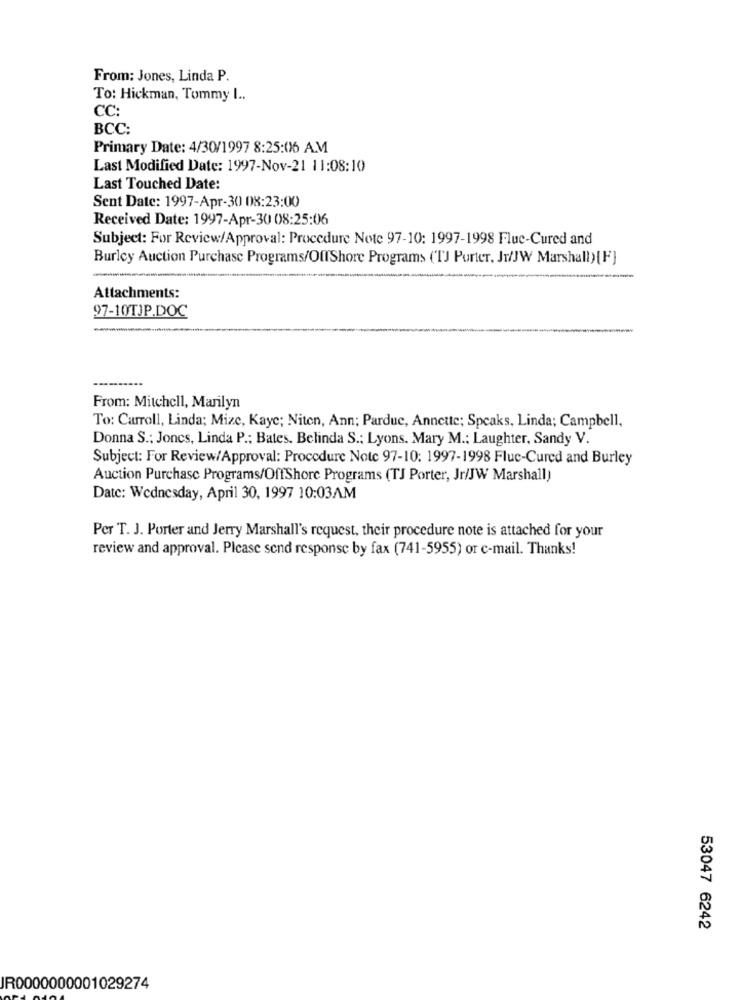
From: Jones, Linda P.
To: Hickman, Tommy I ..
CC:
BCC:
Primary Date: 4/30/1997 8:25:06 AM
Last Modified Date: 1997-Nov-21 11:08:10
Last Touched Date:
Sent Date: 1997-Apr-30 08:23:00
Received Date: 1997-Apr-30 08:25:06
Subject: For Review/Approval: Procedure Note 97-10: 1997-1998 Flue-Cured and
Burley Auction Purchase Programs/OffShore Programs (TJ Porter, Jr/JW Marshall) [F]
Attachments:
97-10TJP.DOC
....
From: Mitchell, Marilyn
To: Carroll, Linda; Mize, Kaye; Niten, Ann; Parduc, Annette; Speaks, Linda; Campbell,
Donna S .: Joncs, Linda P .; Bates. Belinda S .: Lyons. Mary M .: Laughter, Sandy V.
Subject: For Review/Approval: Procedure Note 97-10: 1997-1998 Fluc-Cured and Burley
Auction Purchase Programs/OffShore Programs (TJ Porter, Jr/JW Marshall)
Date: Wednesday, April 30, 1997 10:03AM
Per T. J. Porter and Jerry Marshall's request, their procedure note is attached for your
review and approval. Please send response by fax (741-5955) or c-mail. Thanks!
53047 6242
JR0000000001029274